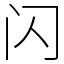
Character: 闪